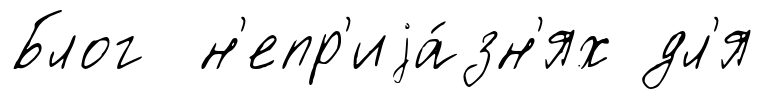
Блог н'епр'иjа́зн'ях дл'я